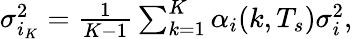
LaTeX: \begin{array}{r}{\sigma_{i_{K}}^{2}=\frac{1}{K-1}\sum_{k=1}^{K}\alpha_{i}(k,T_{s})\sigma_{i}^{2},}\end{array}